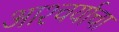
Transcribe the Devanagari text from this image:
आश्‍चर्याचा